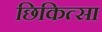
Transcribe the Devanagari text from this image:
छिकित्सा